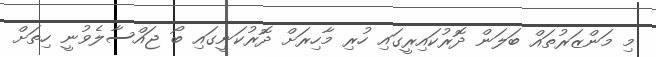
މި މަންޒަރުތައް ބަލަން ދޮރުކައިރީގައި ހުރި މާހިރަށް ދޮރުކަނީގައި ބޯ ޖައްސާލެވުނީ ހިތަށް